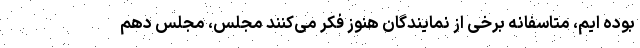
بوده ایم، متاسفانه برخی از نمایندگان هنوز فکر می‌کنند مجلس، مجلس دهم